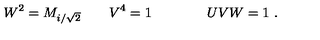
W ^ { 2 } = M _ { i / \sqrt 2 } \qquad V ^ { 4 } = 1 \qquad \qquad U V W = 1 \ .